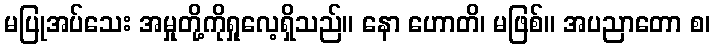
မပြုအပ်သေး အမှုတို့ကိုရှုလေ့ရှိသည်။ နော ဟောတိ၊ မဖြစ်။ အပညာတော စ၊